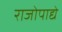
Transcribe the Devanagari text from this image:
राजोपाद्ये